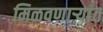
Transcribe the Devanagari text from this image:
मिळवणाऱ्यांत